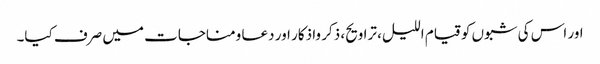
اور اس کی شبوں کو قیام اللیل، تراویح، ذکر واذکار اور دعا ومناجات میں صرف کیا۔